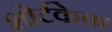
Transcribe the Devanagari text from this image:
शोर्टकेक